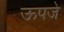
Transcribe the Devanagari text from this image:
ऊपजे